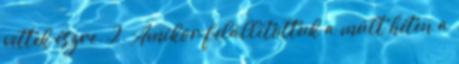
vettek észre. 2. Amikor felállítottuk a múlt héten a